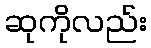
ဆုကိုလည်း